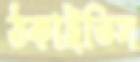
ঠকাইতিস